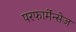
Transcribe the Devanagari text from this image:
परफार्मेन्सेज